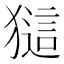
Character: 𤡖